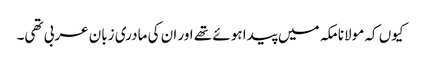
کیوں کہ مولانا مکہ میں پیدا ہوئے تھے اور ان کی مادری زبان عربی تھی۔